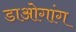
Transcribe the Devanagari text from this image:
डाओगांग